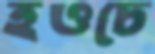
হওচে